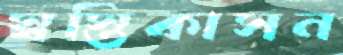
স্বস্তিকাসন